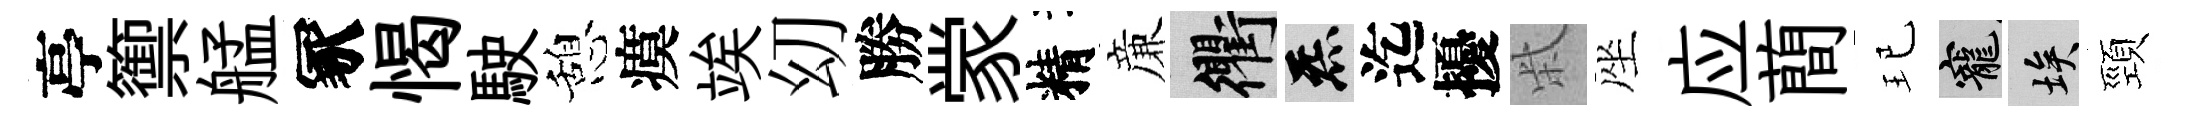
亭籞艋冢愒駛憩瘼竢㓜勝䝉精亷衢炁迄擾柴座应蕳玘寵埃頸